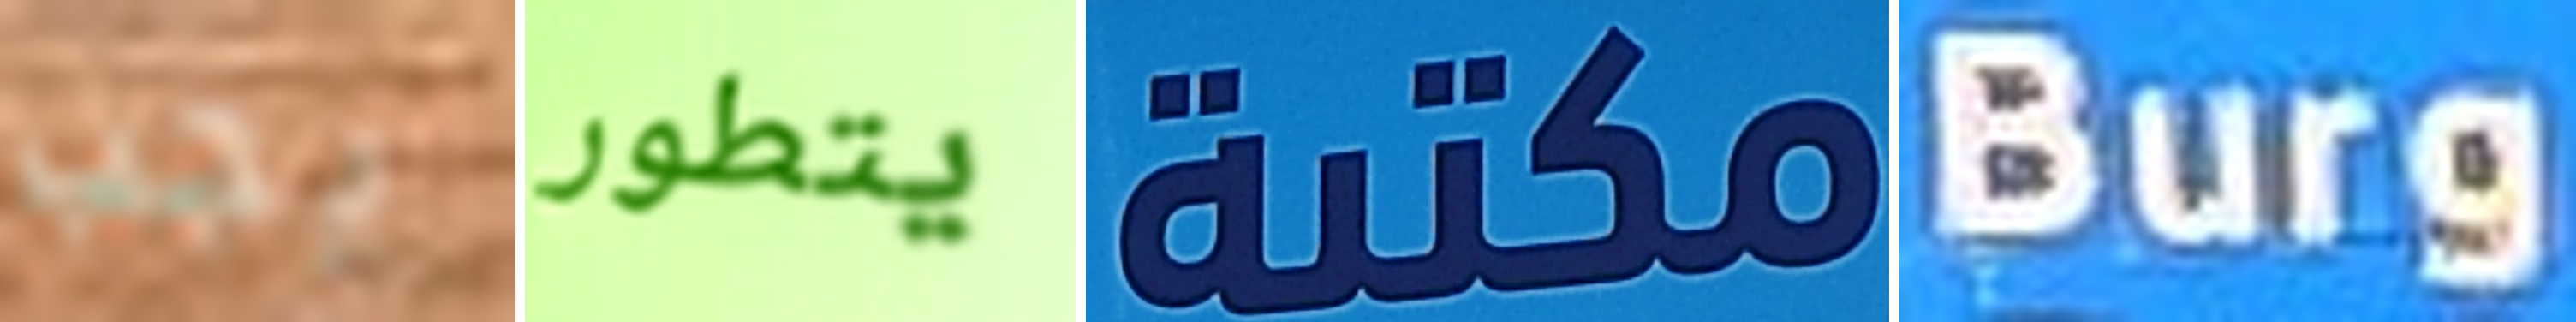
يجب يتطور مكتبة Burg